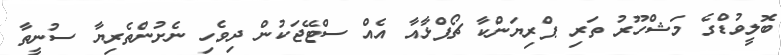
ބޮލީވުޑްގެ މަޝްހޫރު ތަރި ޕްރިޔަންކާ ޗޯޕްޅާއާ އެއް ސްޓޭޖަކުން ދިވެހި ނެށުންތެރިޔާ ސުނީތާ